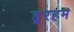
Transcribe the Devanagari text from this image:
डूरहम